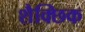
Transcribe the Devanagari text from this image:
शैक्छिक